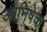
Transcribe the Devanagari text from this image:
आनिषेक